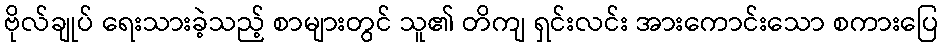
ဗိုလ်ချုပ် ရေးသားခဲ့သည့် စာများတွင် သူ၏ တိကျ ရှင်းလင်း အားကောင်းသော စကားပြေ